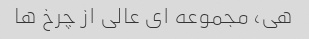
هی، مجموعه ای عالی از چرخ ها